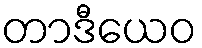
တာဒီယေဝ